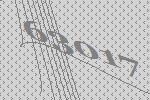
63017